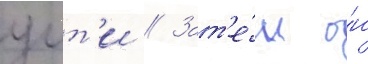
уит'и // Зат'е́м о́н